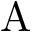
\mathrm { A }